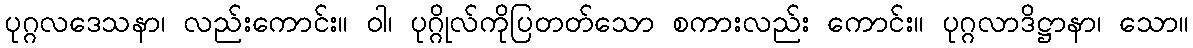
ပုဂ္ဂလဒေသနာ၊ လည်းကောင်း။ ဝါ၊ ပုဂ္ဂိုလ်ကိုပြတတ်သော စကားလည်း ကောင်း။ ပုဂ္ဂလာဒိဋ္ဌာနာ၊ သော။